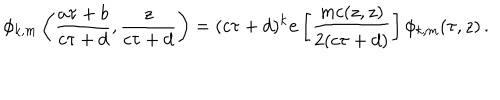
\phi _ { k , m } \left( \frac { a \tau + b } { c \tau + d } , \frac { z } { c \tau + d } \right) = ( c \tau + d ) ^ { k } { \bf e } \left[ \frac { m c ( z , z ) } { 2 ( c \tau + d ) } \right] \phi _ { k , m } ( \tau , z ) \, .